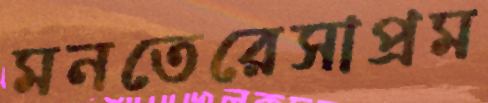
মনতেরেসাপ্রম